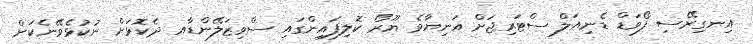
އިނގިރޭސި ފޯވަޑް ޑެނިއަލް ސްޓަރިޖަށް އަނިޔާވެ ޔޫރޯ ކޮލިފައިންގައި ސްވިޒަލޭންޑާއ ދެކޮޅަށް ނުކުޅެވޭނެކަން